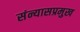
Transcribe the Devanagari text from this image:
संन्यासप्रमुख